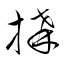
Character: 搆